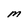
Character: M